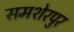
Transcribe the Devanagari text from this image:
समशेरपुर